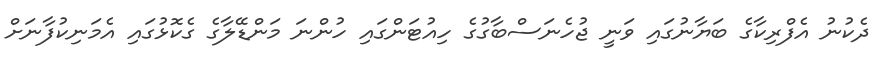
ދެކުނު އެފްރިކާގެ ބަޔާނުގައި ވަނީ ޖުހެނަސްބާގުގެ ހިއުޓަންގައި ހުންނަ މަންޑޭލާގެ ގެކޮޅުގައި އެމަނިކުފާނަށް